Annual report on the Civil Veterinary Department, Burma (including the Insein Veterinary School) - 1910-1922
Year: 1910
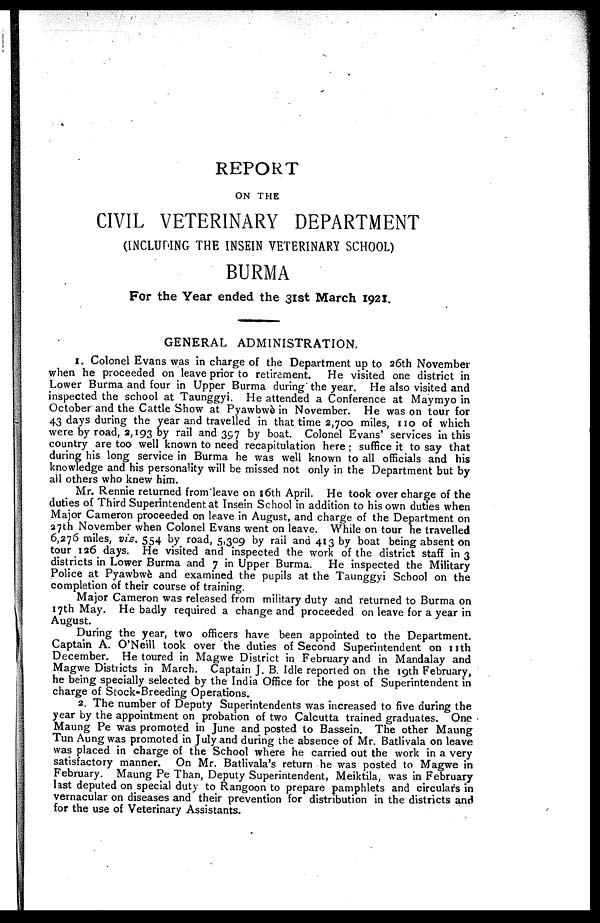
REPORT
ON THE
CIVIL VETERINARY DEPARTMENT
(INCLUDING THE INSEIN VETERINARY SCHOOL)
BURMA
For the Year ended the 31st March 1921.
GENERAL ADMINISTRATION.
1. Colonel Evans was in charge of the Department up to 26th November
when he proceeded on leave prior to retirement. He visited one district in
Lower Burma and four in Upper Burma during the year. He also visited and
inspected the school at Taunggyi. He attended a Conference at Maymyo in
October and the Cattle Show at Pyawbwè in November. He was on tour for
43 days during the year and travelled in that time 2,700 miles, 110 of which
were by road, 2,193 by rail and 397 by boat. Colonel Evans' services in this
country are too well known to need recapitulation here; suffice it to say that
during his long service in Burma he was well known to all officials and his
knowledge and his personality will be missed not only in the Department but by
all others who knew him.
Mr. Rennie returned from leave on 16th April. He took over charge of the
duties of Third Superintendent at Insein School in addition to his own duties when
Major Cameron proceeded on leave in August, and charge of the Department on
27th November when Colonel Evans went on leave. While on tour he travelled
6,276 miles, viz. 554 by road, 5,309 by rail and 413 by boat being absent on
tour 126 days. He visited and inspected the work of the district staff in 3
districts in Lower Burma and 7 in Upper Burma. He inspected the Military
Police at Pyawbwè and examined the pupils at the Taunggyi School on the
completion of their course of training.
Major Cameron was released from military duty and returned to Burma on
17th May. He badly required a change and proceeded on leave for a year in
August.
During the year, two officers have been appointed to the Department.
Captain A. O'Neill took over the duties of Second Superintendent on nth
December. He toured in Magwe District in February and in Mandalay and
Magwe Districts in March. Captain J. B. Idle reported on the 19th February,
he being specially selected by the India Office for the post of Superintendent in
charge of Stock-Breeding Operations.
2. The number of Deputy Superintendents was increased to five during the
year by the appointment on probation of two Calcutta trained graduates. One
Maung Pe was promoted in June and posted to Bassein. The other Maung
Tun Aung was promoted in July and during the absence of Mr. Batlivala on leave
was placed in charge of the School where he carried out the work in a very
satisfactory manner. On Mr. Batlivala's return he was posted to Magwe in
February. Maung Pe Than, Deputy Superintendent, Meiktila, was in February
last deputed on special duty to Rangoon to prepare pamphlets and circulars in
vernacular on diseases and their prevention for distribution in the districts and
for the use of Veterinary Assistants.